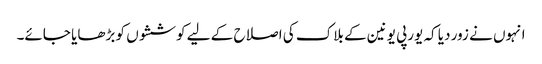
انہوں نے زور دیا کہ یورپی یونین کے بلاک کی اصلاح کے لیے کوششوں کو بڑھایا جائے۔